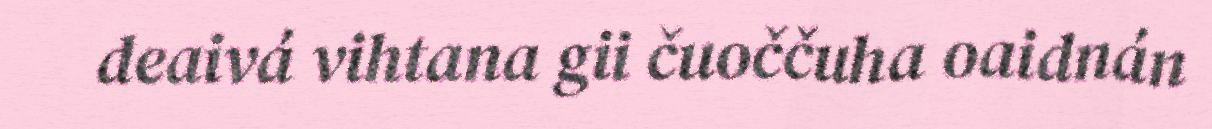
deaivá vihtana gii čuoččuha oaidnán